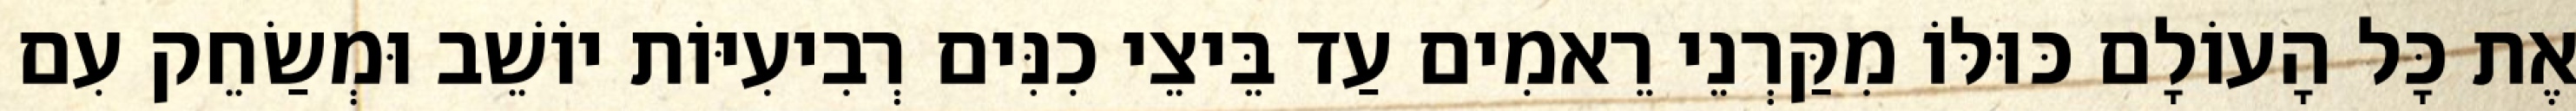
אֶת כָּל הָעוֹלָם כּוּלּוֹ מִקַּרְנֵי רֵאמִים עַד בֵּיצֵי כִנִּים רְבִיעִיּוֹת יוֹשֵׁב וּמְשַׂחֵק עִם